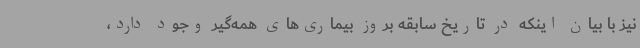
نیز با بیان اینکه در تاریخ سابقه بروز بیماری‌های همه‌گیر وجود دارد،